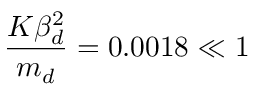
\frac { K \beta _ { d } ^ { 2 } } { m _ { d } } = 0 . 0 0 1 8 \ll 1